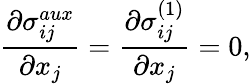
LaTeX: \frac{\partial\sigma_{ij}^{aux}}{\partial x_{j}}=\frac{\partial\sigma_{ij}^{(1)}}{\partial x_{j}}=0,